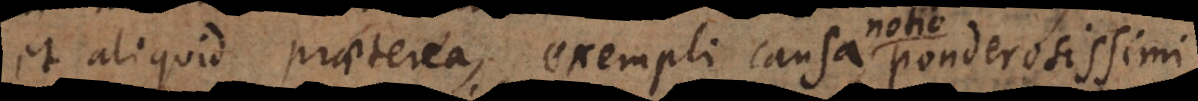
et aliquid praeterea, exempli causa ponderosissimi